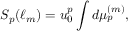
S _ { p } ( \ell _ { m } ) = u _ { 0 } ^ { p } \int d \mu _ { p } ^ { ( m ) } ,